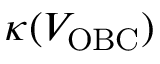
\kappa ( V _ { \mathrm { O B C } } )